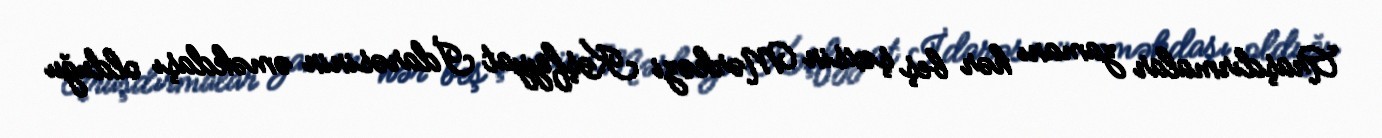
Araşdırmalar zamanı hər beş şəxsin Mərkəzi Kəşfiyyat İdarəsinin əməkdaşı olduğu